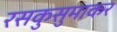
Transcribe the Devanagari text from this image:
रसकुसुमाकर